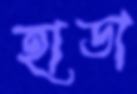
হাডা